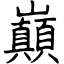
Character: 巔